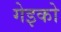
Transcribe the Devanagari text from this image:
गेइको